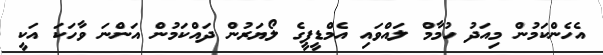
އެހެންކަމުން މިއަދު ހުމާމް ލައްވައި އެމްޑީޕީގެ ލޯޔަރުން ދައްކަމުން އަންނަ ވާހަކަ އަކީ